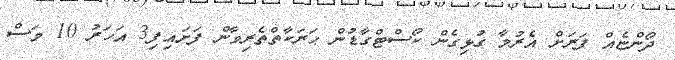
ދޯންޏެއް ފަރަށް އެރުމާ ގުޅިގެން ކޯސްޓްގާޑުން ޙަރަކާތްތެރިވާން ފަށައިފި3 އަހަރު 10 މަސް